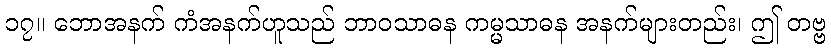
၁၇။ ဘောအနက် ကံအနက်ဟူသည် ဘာဝသာဓန ကမ္မသာဓန အနက်များတည်း၊ ဤ တဗ္ဗ